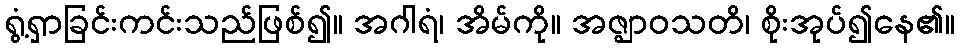
ရွံ့ရှာခြင်းကင်းသည်ဖြစ်၍။ အဂါရံ၊ အိမ်ကို။ အဇ္ဈာဝသတိ၊ စိုးအုပ်၍နေ၏။